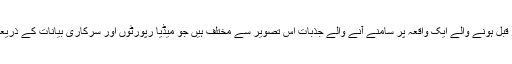
خیبر پختون خوا کی ایک شاہرہ پر دو روز قبل ہونے والے ایک واقعہ پر سامنے آنے والے جذبات اس تصویر سے مختلف ہیں جو میڈیا رپورٹوں اور سرکاری بیانات کے ذریعے استوار کرنے کی کوشش کی جاتی ہے۔